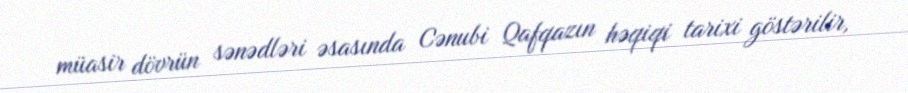
müasir dövrün sənədləri əsasında Cənubi Qafqazın həqiqi tarixi göstərilir,